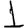
Digit: 1